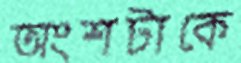
অংশটাকে